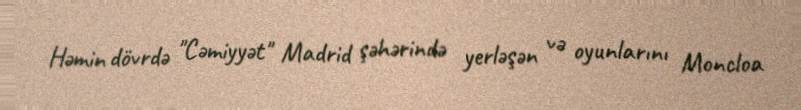
Həmin dövrdə "Cəmiyyət" Madrid şəhərində yerləşən və oyunlarını Moncloa